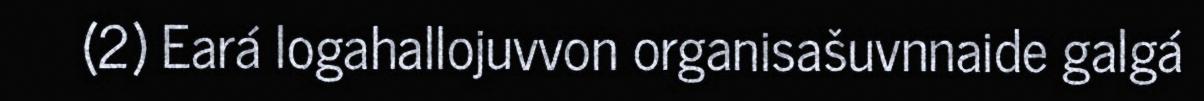
(2) Eará logahallojuvvon organisašuvnnaide galgá